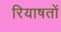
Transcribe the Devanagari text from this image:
रियाषतों